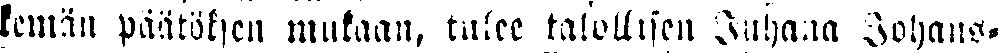
kemän päätöksen mukaan, tulee talollisen Juhana Johans-